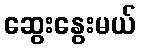
ဆွေးနွေးမယ်